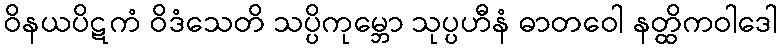
ဝိနယပိဋကံ ဝိဒံသေတိ သပ္ပိကုမ္ဘော သုပ္ပဟီနံ ဓာတဝေါ နတ္ထိကဝါဒေါ